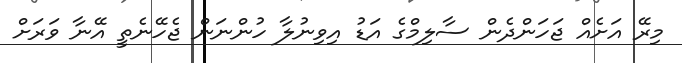
މިރޭ އަށެއް ޖަހަންދެން ސާލިމްގެ އަޑު އިވިނުލާ ހުންނަން ޖެހޭނެތީ އޭނާ ވަރަށް